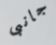
جانبى